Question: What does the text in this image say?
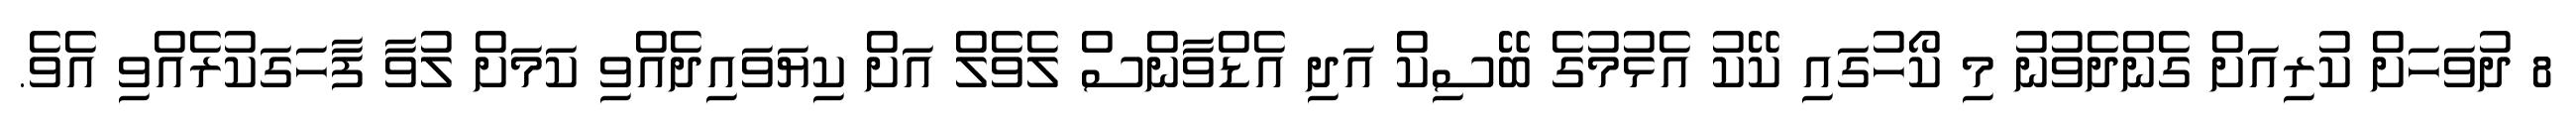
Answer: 8 ދުވަހަށް ކުރިއަށް ގެންދެވުނު މި ކޯހުގައި ކޭކު އެޅުމުގެ ބޭސިކް އަދި އެޑްވާންސް ލެވެލް އަށް ކިޔަވައިދެއްވި ކަމަށް ލުވާ ފާހަގަކުރެއްވި އެވެ.